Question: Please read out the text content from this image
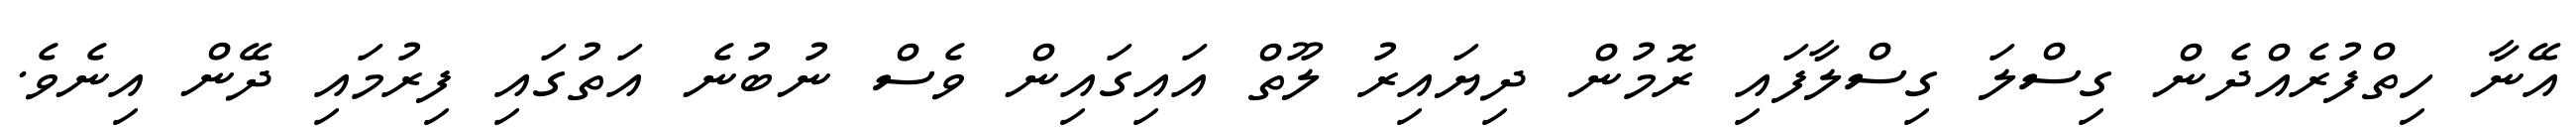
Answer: އޭނާ ހިތްފުރެއްދެން ގިސްލަ ގިސްލާފައި ރޮމުން ދިޔައިރު ލޫތް އައިގައިން ވެސް ނުބުނެ އަތުގައި ފިރުމައި ދޭން އިނެވެ.